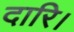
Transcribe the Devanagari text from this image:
दारि।